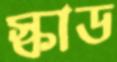
স্কাড